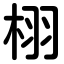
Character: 栩